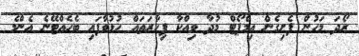
ރޯދަ މަހުން ފެށިގެން އިމްޕޯޓް މުދާ ވިއްކާ ފިހާރަތައް ހުޅުވާފައި ބެހެއްޓޭނެ އެންމެ